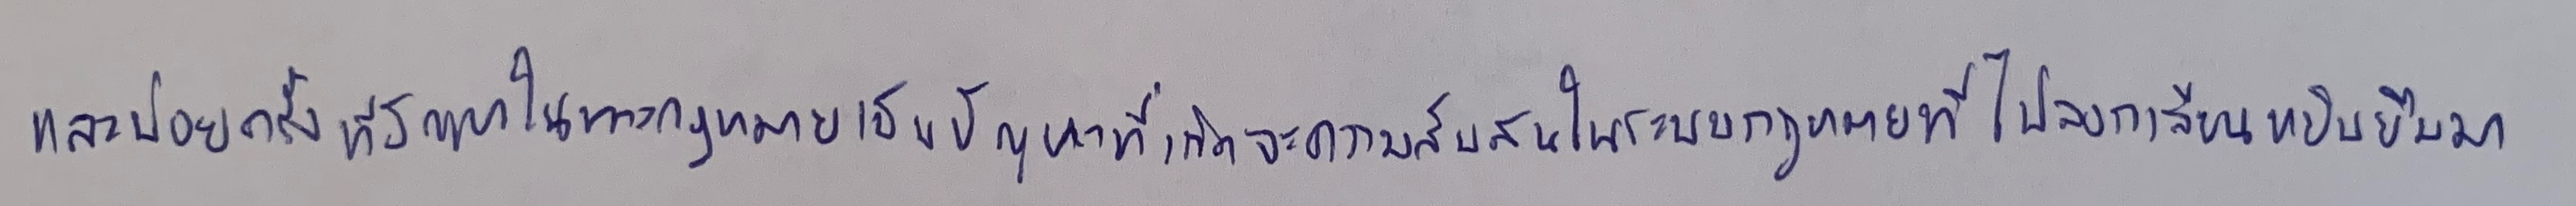
และบ่อยครั้งที่ปัญหาในทางกฎหมายเป็นปัญหาที่เกิดจะความสับสนในระบบกฎหมายที่ไปลอกเลียนหยิบยืมมา